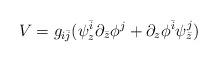
LaTeX: \begin{align*}V = g_{i\bar{j}}(\psi_{z}^{\bar{i}}\partial_{\bar{z}}\phi^{j} + \partial_{z} \phi^{\bar{i}}\psi_{\bar{z}}^{j})\end{align*}